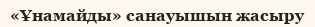
«Ұнамайды» санауышын жасыру